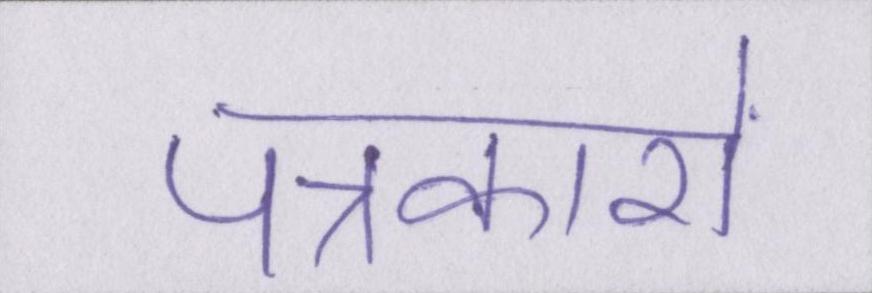
पत्रकारों